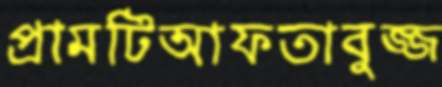
প্রামটিআফতাবুজ্জ